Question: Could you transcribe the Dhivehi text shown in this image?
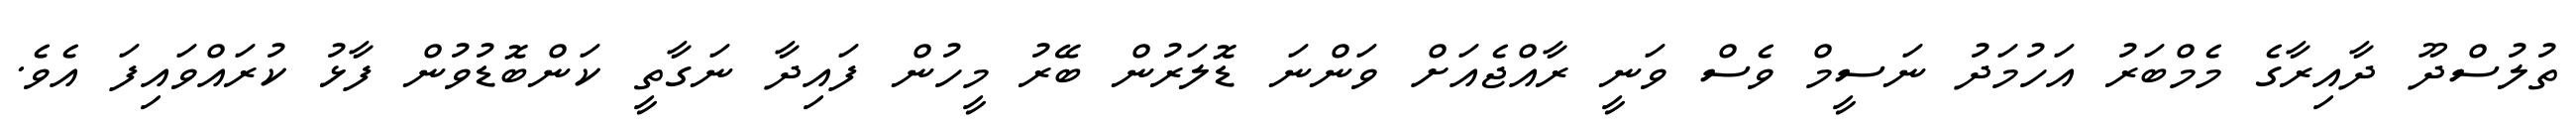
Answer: ތުލުސްދޫ ދާއިރާގެ މެމްބަރު އަހުމަދު ނަސީމް ވެސް ވަނީ ރާއްޖެއަށް ވަންނަ ޑޮލަރުން ބޭރު މީހުން ފައިދާ ނަގާތީ ކަންބޮޑުވުން ފާޅު ކުރައްވައިފަ އެވެ.